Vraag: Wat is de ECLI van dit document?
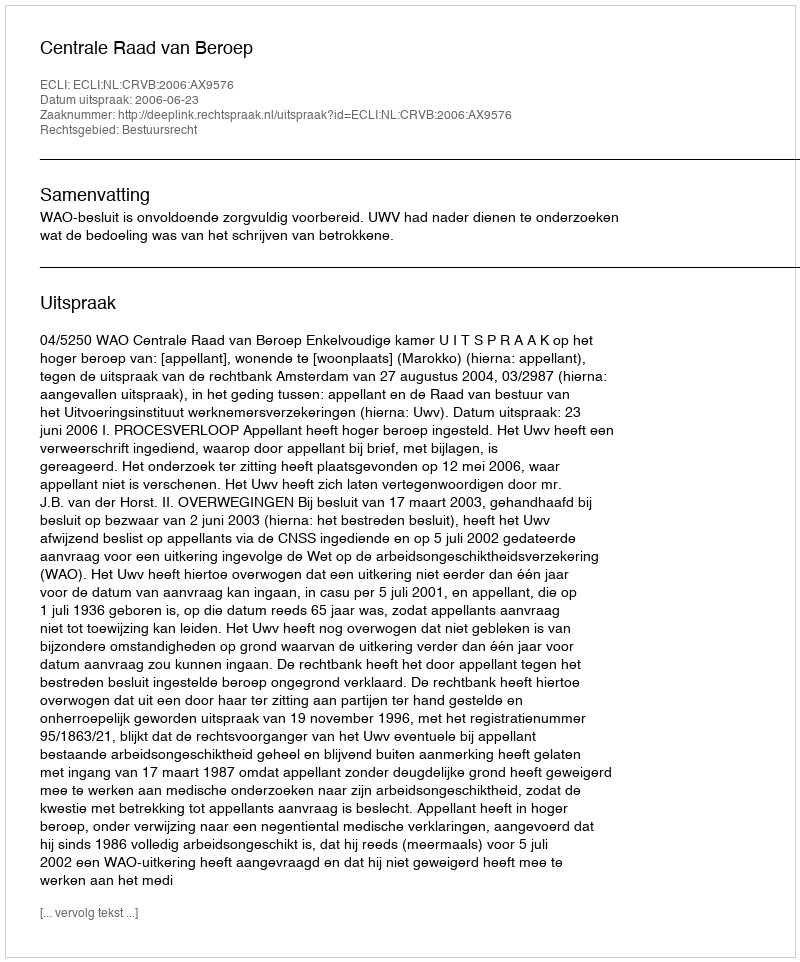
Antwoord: ECLI:NL:CRVB:2006:AX9576